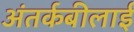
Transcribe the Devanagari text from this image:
अंतर्कबीलाई